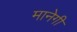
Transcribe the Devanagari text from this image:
मानेगी